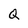
Character: Q